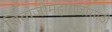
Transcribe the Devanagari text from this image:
शिवाजीमहाराजांसाठी